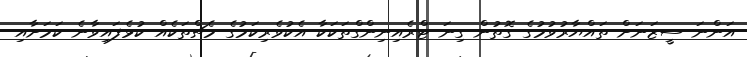
އަންނަ ސީޒަނަށް ތައްޔާރުވުމުގެ ގޮތުން ގިނަ ޓްރެއިނިންގްތަކަކާ އެކުވެރިކަމުގެ މެޗްތަކެއް ކުޅެފައިވާނެ ކަމަށާއި